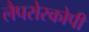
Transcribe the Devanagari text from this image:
लैपरोस्कोपी